Report of the Hyderabad Chloroform Commission
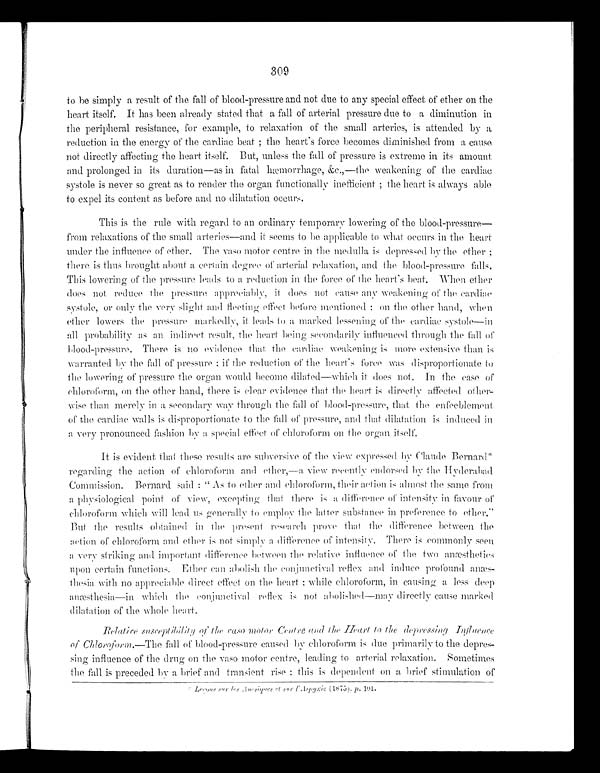
309
to be simply a result of the fall of blood-pressure and not due to any special effect of ether on the
heart itself. It has been already stated that a fall of arterial pressure due to a diminution in
the peripheral resistance, for example, to relaxation of the small arteries, is attended by a
reduction in the energy of the cardiac beat; the heart's force becomes diminished from a cause
not directly affecting the heart itself. But, unless the fall of pressure is extreme in its amount
and prolonged in its duration—as in fatal hæmorrhage, &c.,—the weakening of the cardiac
systole is never so great as to render the organ functionally inefficient; the heart is always able
to expel its content as before and no dilatation occurs.
This is the rule with regard to an ordinary temporary lowering of the blood-pressure—-
from relaxations of the small arteries—and it seems to be applicable to what occurs in the heart
under the influence of ether. The vaso motor centre in the medulla is depressed by the ether;
there is thus brought about a certain degree of arterial relaxation, and the blood-pressure falls.
This lowering of the pressure leads to a reduction in the force of the heart's beat. When ether
does not reduce the pressure appreciably, it does not cause any weakening of the cardiac
systole, or only the very slight and fleeting effect before mentioned; on the other hand, when
ether lowers the pressure markedly, it leads to a marked lessening of the cardiac systole—in
all probability as an indirect result, the heart being secondarily influenced through the fall of
blood-pressure. There is no evidence that the cardiac weakening is more extensive than is
warranted by the fall of pressure; if the reduction of the heart's force was disproportionate to
the lowering of pressure the organ would become dilated—which it does not. In the case of
chloroform, on the other hand, there is clear evidence that the heart is directly affected other-
wise than merely in a secondary way through the fall of blood-pressure, that the enfeeblement
of the cardiac walls is disproportionate to the fall of pressure, and that dilatation is induced in
a very pronounced fashion by a special effect of chloroform on the organ itself.
It is evident that these results are subversive of the view expressed by Claude Bernard*
regarding the action of chloroform and ether,—a view recently endorsed by the Hyderabad
Commission. Bernard said: "As to ether and chloroform, their action is almost the same from
a physiological point of view, excepting that there is a difference of intensity in favour of
chloroform which will lead us generally to employ the latter substance in preference to ether."
But the results obtained in the present research prove that the difference between the
action of chloroform and ether is not simply a difference of intensity. There is commonly seen
a very striking and important difference between the relative influence of the two anæsthetics
upon certain functions. Ether can abolish the conjunctival reflex and induce profound anæs
-thesia with no appreciable direct effect on the heart; while chloroform, in causing a less deep
anæsthesia—in which the conjunctival reflex is not abolished—may directly cause marked
dilatation of the whole heart.
Relatire susceptibility of the raso m o t o r
C e n t r e a n d t h e H e a r t t o t h e
d e p r e s s i n g I n f l u e n c e o f C h l o r o f o r m . —T
h e
fall of blood-pressure caused by chloroform is due primarily to the depres
-sing influence of the drug on the vaso motor centre, leading to arterial relaxation.
S o m e t i m e s t h e f a l l i s p r e c e d e d b y a b r i e f a n d t r a n s i e n t r i s e ; t h i s i s d e p e n d e n t o n
a brief stimulation of
* Leqous sur les. Auesiquest et sur Aspyxic (1875), p . 101 .